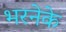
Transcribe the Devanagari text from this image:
भरनेके